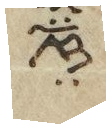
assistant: אז